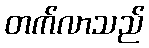
တက်လာသည်